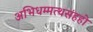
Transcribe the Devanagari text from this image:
अभिधम्मत्थसंहहो